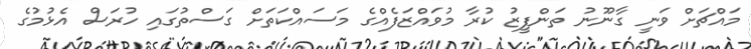
މައްޗަށް ވަނީ ގާނޫނު ތަންފީޒު ކުރާ މުވައްޒަފެއްގެ މަސައްކަތަށް ގަސްތުގައި ހުރަސް އެޅުމުގެ